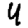
Digit: 4